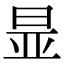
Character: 㫫